Vital statistics of India. Vol. VI, European troops 1870-79
Year: 1870
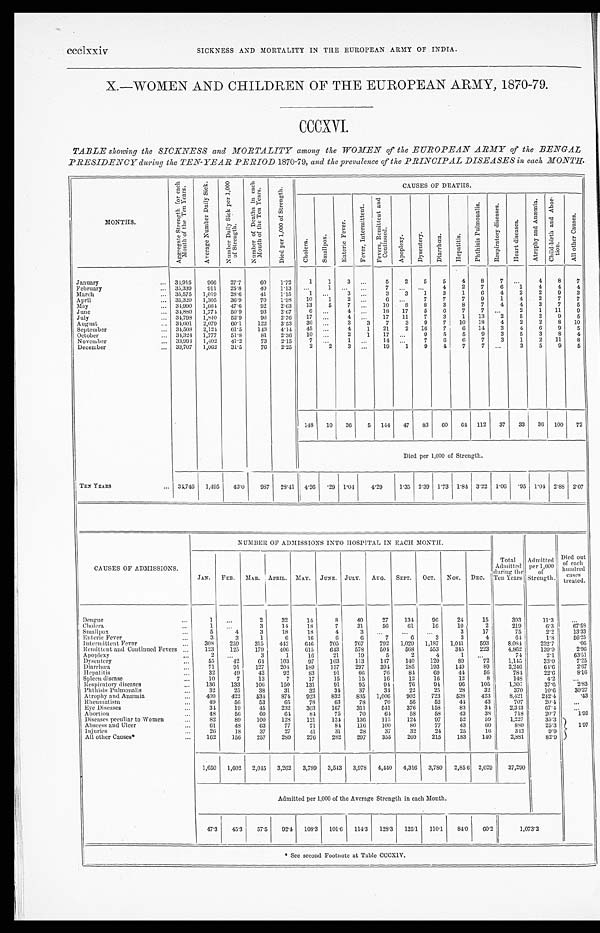
ccclxxiv
SICKNESS AND MORTALITY IN THE EUROPEAN ARMY OF INDIA.
X.—WOMEN AND CHILDREN OF THE EUROPEAN ARMY, 1870-79.
CCCXVI.
TABLE showing the SICKNESS and MORTALITY among the WOMEN of the EUROPEAN ARMY of the BENGAL
PRESIDENCY during the TEN-YEAR PERIOD 1870-79, and the prevalence of the PRINCIPAL DISEASES in each MONTH.
MONTHS.
A g g r e g a t e S t r e n g t h f o r e a c h
M o n t h o f t h e T e n Y e a r s .
A v e r a g e N u m b e r D a i l y S i c k .
N u m b e r D a i l y S i c k p e r 1 , 0 0 0
o f S t r e n g t h .
N u m b e r o f D e a t h s i n e a c h
M o n t h o f t h e T e n Y e a r s .
D i e d p e r 1 , 0 0 0 o f S t r e n g t h .
CAUSES OF DEATHS.
C h o l e r a .
S m a l l p o x .
E n t e r i c F e v e r .
F e v e r , I n t e r m i t t e n t .
F e v e r s , R e m i t t e n t a n d
C o n t i n u e d .
A p o p l e x y . D y s e n t e r y .
D i a r r h œ a .
He p a t i t i s .
P h t h i s i s P u l m o n a l i s .
R e s p i r a t o r y d i s e a s e s .
H e a r t d i s e a s e s .
A t r o p h y a n d A n æ m i a .
C h i l d - b i r t h a n d A b o r -
t i o n .
A l l o t h e r C a u s e s .
January
... 34,915
966 27.7
60 1.72
1
1
3
. . .
5
2
5
5
4
8
7
. . .
4
8
7
February
... 35,339
911
25.8
40 1.13
. . .
1
. . .
. . .
7
. . . . . . 4
2
7
6
1
4
4
4
March
... 35,575 1,019 28.6
41 1.15
1 ...
3
. . . 3
3
1
3
1
6
4
2
2
9
3
April
... 35,320 1,305 36.9
70 1.98
10
1
2
. . .
6
. . . 7
7
7
9
1 4
2
7 7
May
... 34,990 1,664
47.6
92
2.63
13
5
7
. . . 10
8
8
3
8
7
4
4
3
7
5
June
. . .
34,880 1,774
50.9
93 2.67
6
. . .
4
. . . 18 17
5
6
7
7 ...
2
1 11
9
July
... 34,798 1,840
52.9
96 2.76 17 ...
4
. . . 17 11
7
3
1 13
2
5
2
9
5
August
. . .
34,601 2,079 60.1
122 3.53
36 ...
3
3
7
3
9
7 10 18
4
2
2
8 10
September
... 34,508 2,124
61.5
143 4.14
45 . . .
4
1 21
2 16
7
6 14
3
4
6
9
5
October
. . .
34,324 1,777 51.8
81 2.36
10 ...
2
1 17 ...
9
5
5
9
3
5
3
8
4
November
... 33,994 1,402 41.2
73 2.15
7
. . .
1
. . . 14 ...
7
6
6
7
3
1
2 11
8
December
... 33,707 1,062 31.5
76 2.25
2
2
3
. . .
19
1
9
4
7
7
. . .
3
5
9
5
148 10 36
5 144 47 83 60 64 112 37 33 36 100 72
Died per 1,000 of Strength.
TEN YEARS
... 34,746 1,495 43.0
987 28.41 4.26 .29 1.04
4.29
1.35 2.39 1.73 1.84 3.22 1.06 .95 1.04 2.88 2 . 0 7
CAUSES OF ADMISSIONS.
NUMBER OF ADMISSIONS INTO HOSPITAL IN EACH MONTH.
Total Admitted
during the
Ten Years.
Admitted per 1,000
of
Strength.
Died out
o f e a c h
hundred
c a s e s
treated.
JAN. FEB. MAR. APRIL. MAY. JUNE. JULY. AUG. SEPT. OCT. NOV.DEC.
Dengue
...
1 ...
2
32
14
8
40
27
134
96
24
15
393
11.3
...
Cholera
. . .
1
. . . 3
14
18
7
31
56
61
16
10
2
219
6.3
67. 58
Smallpox
...
5
4
3
18
18
4
3
. . . ...
...
3
17
75
2.2
13. 33
Enteric Fever
...
3
3
1
6
16
6
6
7
6
3
3
4
64
1.8
56. 25
Intermittent Fever
...
308
259
315
442
646
705
767
792 1,029 1,187 1,041
593
8,084
232.7
.06
Remittent and Continued Fevers ...
123
125
179
406
615
643
578
504
568
553
345
223
4,862
139.9
2. 96
Apoplexy
...
2
. . .
3
1
16
21
19
5
2
4
1 ...
74
2.1
6 3 . 5 1
Dysentery
...
55
42
6 4
103
97
103
113
147
140
120
89
72
1,145
33.0
7. 25
Diarrhœa
. . .
71
91
127
204
189
157
297
394
285
193
149
89
2,246
64.6
2. 67
Hepatitis
...
32
49
42
92
83
91
66
76
84
69
44
56
784
22.6
8. 16
Spleen disease
...
1 0
7
13
7
17
15
15
16
12
16
1 2
8
148
4.2
...
Respiratory diseases
...
136
133
106
150
131
91
95
94
76
9 4
9 6
105
1,307
37.6
2. 83
Phthisis Pulmonalis
. . .
32
25
38
31
32
34
37
34
22
25
28
32
370
10.6
30.27
Atrophy and Anæmia
...
409
422
5 3 4
874
923
832
835 1,006
902
723
538
423
8,421
242.4
.43
Rheumatism
...
49
56
53
65
78
63
78
70
56
52
44
43
707
20.4
...
Eye Diseases
. . .
34
19
45
232
303
167
351
541
376
158
83
34
2,343
67.4
. . .
Abortion
...
48
56
60
64
84
75
70
64
58
58
43
38
718
20.7
1. 95
Diseases peculiar to Women
. . .
82
89
100
128
121
124
136
115
124
97
5 2
59
1,227
35.3
1. 97
Abscess and Ulcer
...
61
48
63
77
71
84
116
100
80
77
43
60
880
25.3
Injuries
. . .
26
18
37
27
41
31
28
37
32
24
25
16
342
9.9
All other Causes*
...
162
156
257
289
276
282
297
355
269
215
183
140
2,881
82.9
1,650 1,602 2,045 3,262 3,789 3,543 3,978 4,440 4,316 3,780 2,856 2,029
37,290
Admitted per 1,000 of the Average Strength in each Month.
47.3
45.3 57.5
92.4 108.3 101.6 114.3
128.3 125.1 110. 1
84.0 60.2
1,073.2
* See second Footnote at Table CCCXIV.